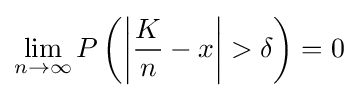
\lim _{n\to \infty }{P\left(\left|{\frac {K}{n}}-x\right|>\delta \right)}=0